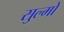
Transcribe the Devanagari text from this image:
सुल्मो